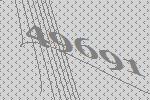
49691